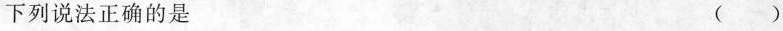
下列说法正确的是 ( )